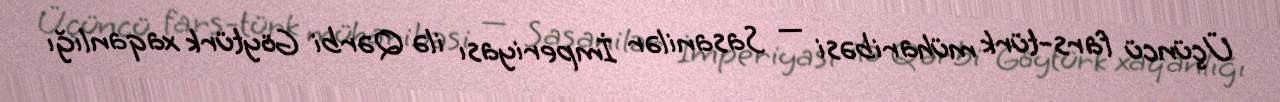
Üçüncü fars-türk müharibəsi — Sasanilər İmperiyası ilə Qərbi Göytürk xaqanlığı